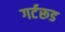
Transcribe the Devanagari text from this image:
गर्टरूड